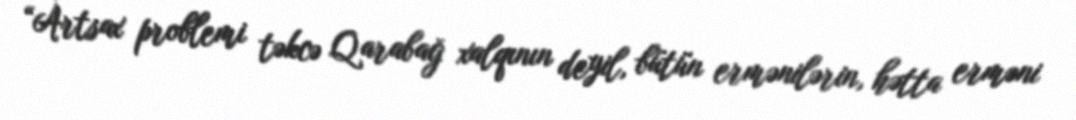
“Artsax problemi təkcə Qarabağ xalqının deyil, bütün ermənilərin, hətta erməni